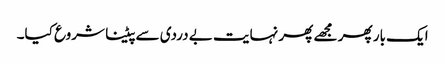
ایک بار پھر مجھے پھر نہایت بے دردی سے پیٹنا شروع کیا۔